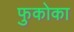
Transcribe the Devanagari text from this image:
फुकोका